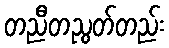
တညီတညွတ်တည်း